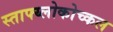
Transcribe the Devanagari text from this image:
स्ताफ्य्लोकोच्कल